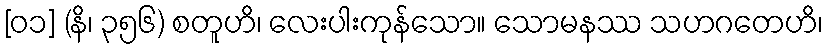
[၀၁] (နိ၊ ၃၅၆) စတူဟိ၊ လေးပါးကုန်သော။ သောမနဿ သဟဂတေဟိ၊